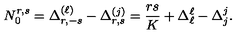
N _ { 0 } ^ { r , s } = \Delta _ { r , - s } ^ { ( \ell ) } - \Delta _ { r , s } ^ { ( j ) } = { \frac { r s } { K } } + \Delta _ { \ell } ^ { \ell } - \Delta _ { j } ^ { j } { } .